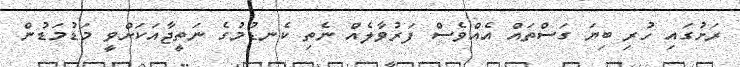
ރަށުގައި ހުރި ބިޔަ ގަސްތައް އެއްވެސް ފަރުވާލެއް ނެތި ކެނޑުމުގެ ނަތީޖާއަކަށްވީ މަޑުމަޑުން